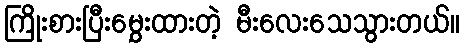
ကြိုးစားပြီးမွှေးထားတဲ့ မီးလေးသေသွားတယ်။